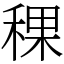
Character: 稞